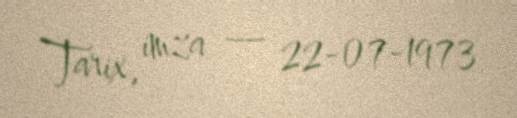
Tarix, imza — 22-07-1973